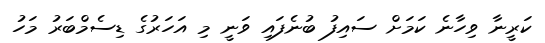
ކަރީނާ ވިހާނެ ކަމަށް ސައިފު ބުނެފައި ވަނީ މި އަހަރުގެ ޑިސެމްބަރު މަހު